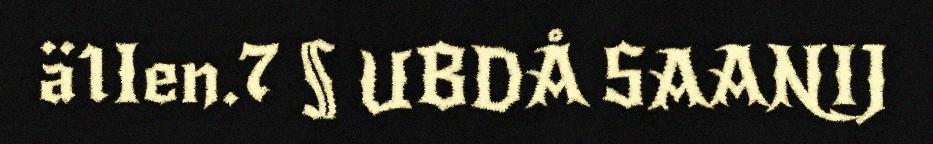
ä1Ien.7 § UBDÅ SAANIJ